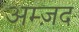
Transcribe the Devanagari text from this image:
अम्ज़द